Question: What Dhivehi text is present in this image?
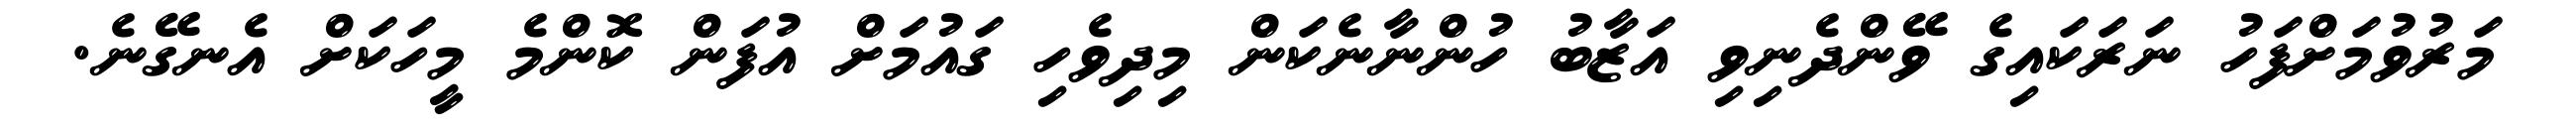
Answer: މަރުވުމަށްފަހު ނަރަކައިގެ ވޭންދެނިވި އަޒާބު ހުންނާނެކަން މިދިވެހި ގައުމަށް އުފަން ކޮންމެ މީހަކަށް އެނގޭނެ.